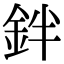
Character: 鉡